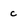
Character: c